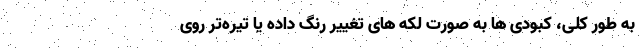
به طور کلی، کبودی ها به صورت لکه های تغییر رنگ داده یا تیره‌تر روی